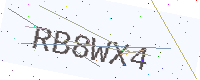
Text: RB8WX4